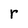
Character: r